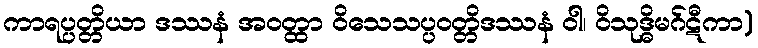
ကာရပ္ပတ္တိယာ ဒဿနံ အဝတ္ထာ ဝိသေသပ္ပဝတ္တိဒဿနံ ဝါ၊ ဝိသုဒ္ဓိမဂ်ဋီကာ)